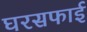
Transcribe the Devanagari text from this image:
घरसफाई